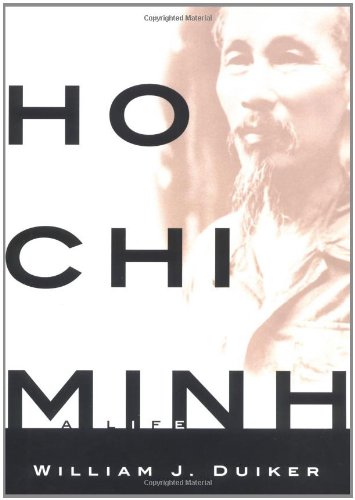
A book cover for Ho Chi Minh: A Life; William J. Duiker; Biographies & Memoirs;